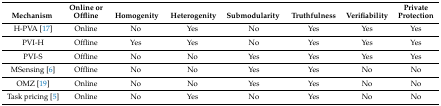
| Mechanism | Online or Offline | Homogenity | Heterogenity | Submodularity | Truthfulness | Verifiability | Private Protection |
 | --- | --- | --- | --- | --- | --- | --- | --- |
 | H-PVA [17] | Online | No | Yes | No | Yes | Yes | Yes |
 | PVI-H | Offline | Yes | Yes | No | Yes | Yes | Yes |
 | PVI-S | Offline | No | No | Yes | Yes | Yes | Yes |
 | MSensing [6] | Offline | No | No | Yes | Yes | No | No |
 | OMZ [19] | Online | No | No | Yes | Yes | No | No |
 | Task pricing [5] | Online | No | Yes | No | Yes | No | No |